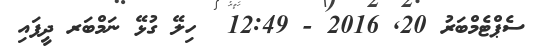
ސެޕްޓެމްބަރު 20